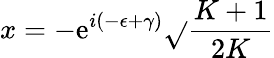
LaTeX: x=-\mathrm{e}^{i(-\epsilon+\gamma)}\sqrt{}{{\frac{{K+1}}{{2K}}}}